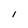
Character: I